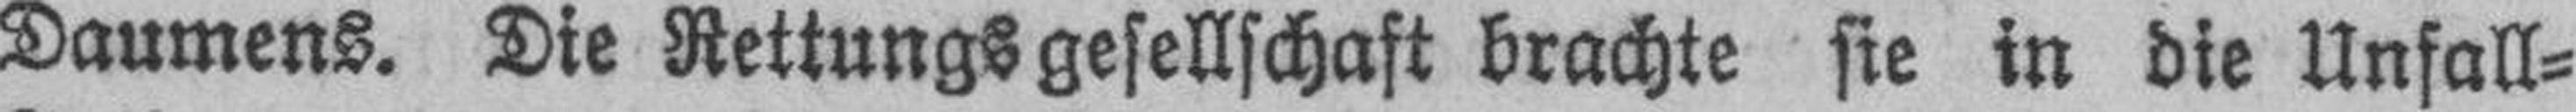
Daumens. Die Rettungsgesellschaft brachte sie in die Unfall¬